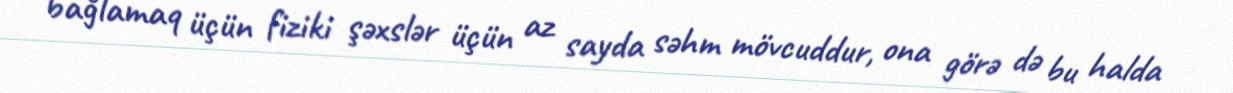
bağlamaq üçün fiziki şəxslər üçün az sayda səhm mövcuddur, ona görə də bu halda